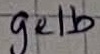
Text: gelb